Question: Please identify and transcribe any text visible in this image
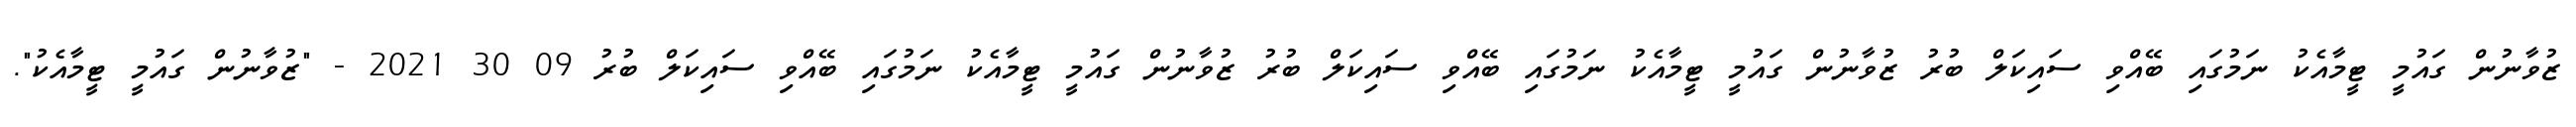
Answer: ޒުވާނުން ގައުމީ ޓީމާއެކު ނަމުގައި ބޭއްވި ސައިކަލް ބުރު ޒުވާނުން ގައުމީ ޓީމާއެކު ނަމުގައި ބޭއްވި ސައިކަލް ބުރު ޒުވާނުން ގައުމީ ޓީމާއެކު ނަމުގައި ބޭއްވި ސައިކަލް ބުރު 09 30 2021 - "ޒުވާނުން ގައުމީ ޓީމާއެކު".